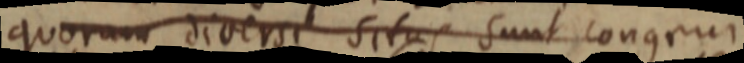
quorum diversi situs sunt congrui